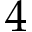
4